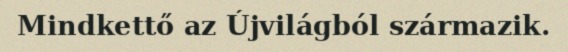
Mindkettő az Újvilágból származik.